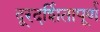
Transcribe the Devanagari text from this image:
दूरदर्शितापूर्ण